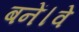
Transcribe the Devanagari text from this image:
बनें।वे